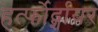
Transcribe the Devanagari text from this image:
हर्त्फोर्द्शायर